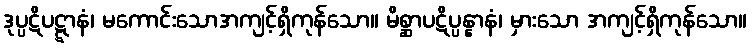
ဒုပ္ပဋိပဋ္ဋာနံ၊ မကောင်းသောအကျင့်ရှိကုန်သော။ မိစ္ဆာပဋိပ္ပန္နာနံ၊ မှားသော အကျင့်ရှိကုန်သော။